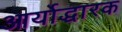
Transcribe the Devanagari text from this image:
आर्योद्धारक